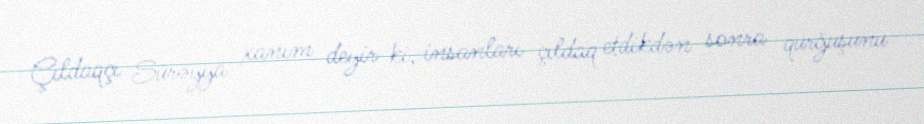
Çıldaqçı Sürəyya xanım deyir ki, insanları çıldaq etdikdən sonra qurğuşunu